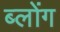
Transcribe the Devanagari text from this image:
ब्लोंग